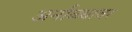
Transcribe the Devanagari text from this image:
अर्नाळ्यावर